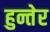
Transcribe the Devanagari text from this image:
हुन्तेर